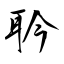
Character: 耹